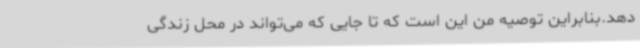
دهد.بنابراین توصیه من این است که تا جایی که می‌تواند در محل زندگی